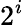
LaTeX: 2^{i}